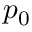
p _ { \mathrm { 0 } }